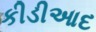
કીડીઆદ